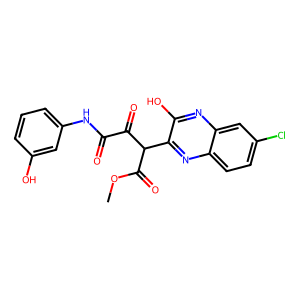
SMILES: COC(=O)C(C(=O)C(=O)Nc1cccc(O)c1)c1nc2ccc(Cl)cc2nc1O
Inhibits HIV replication: No